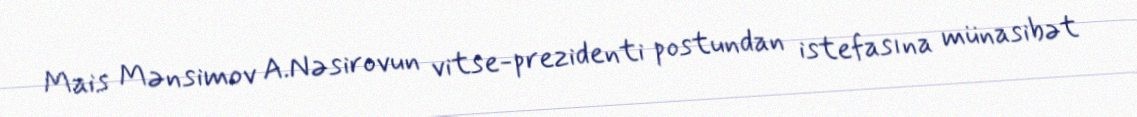
Mais Mənsimov A.Nəsirovun vitse-prezidenti postundan istefasına münasibət